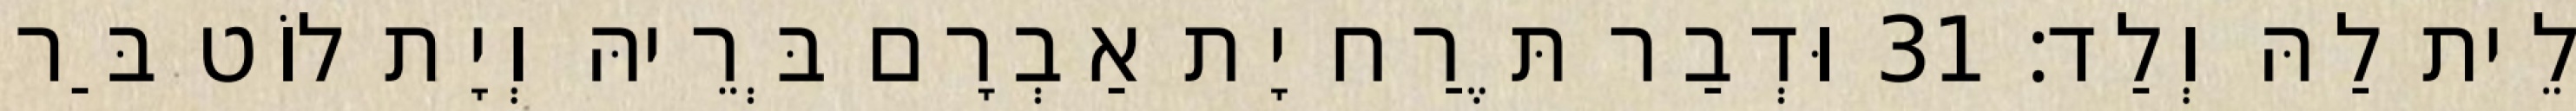
לֵית לַהּ וְלַד׃ 31 וּדְבַר תֶּרַח יָת אַבְרָם בְּרֵיהּ וְיָת לוֹט בַּר